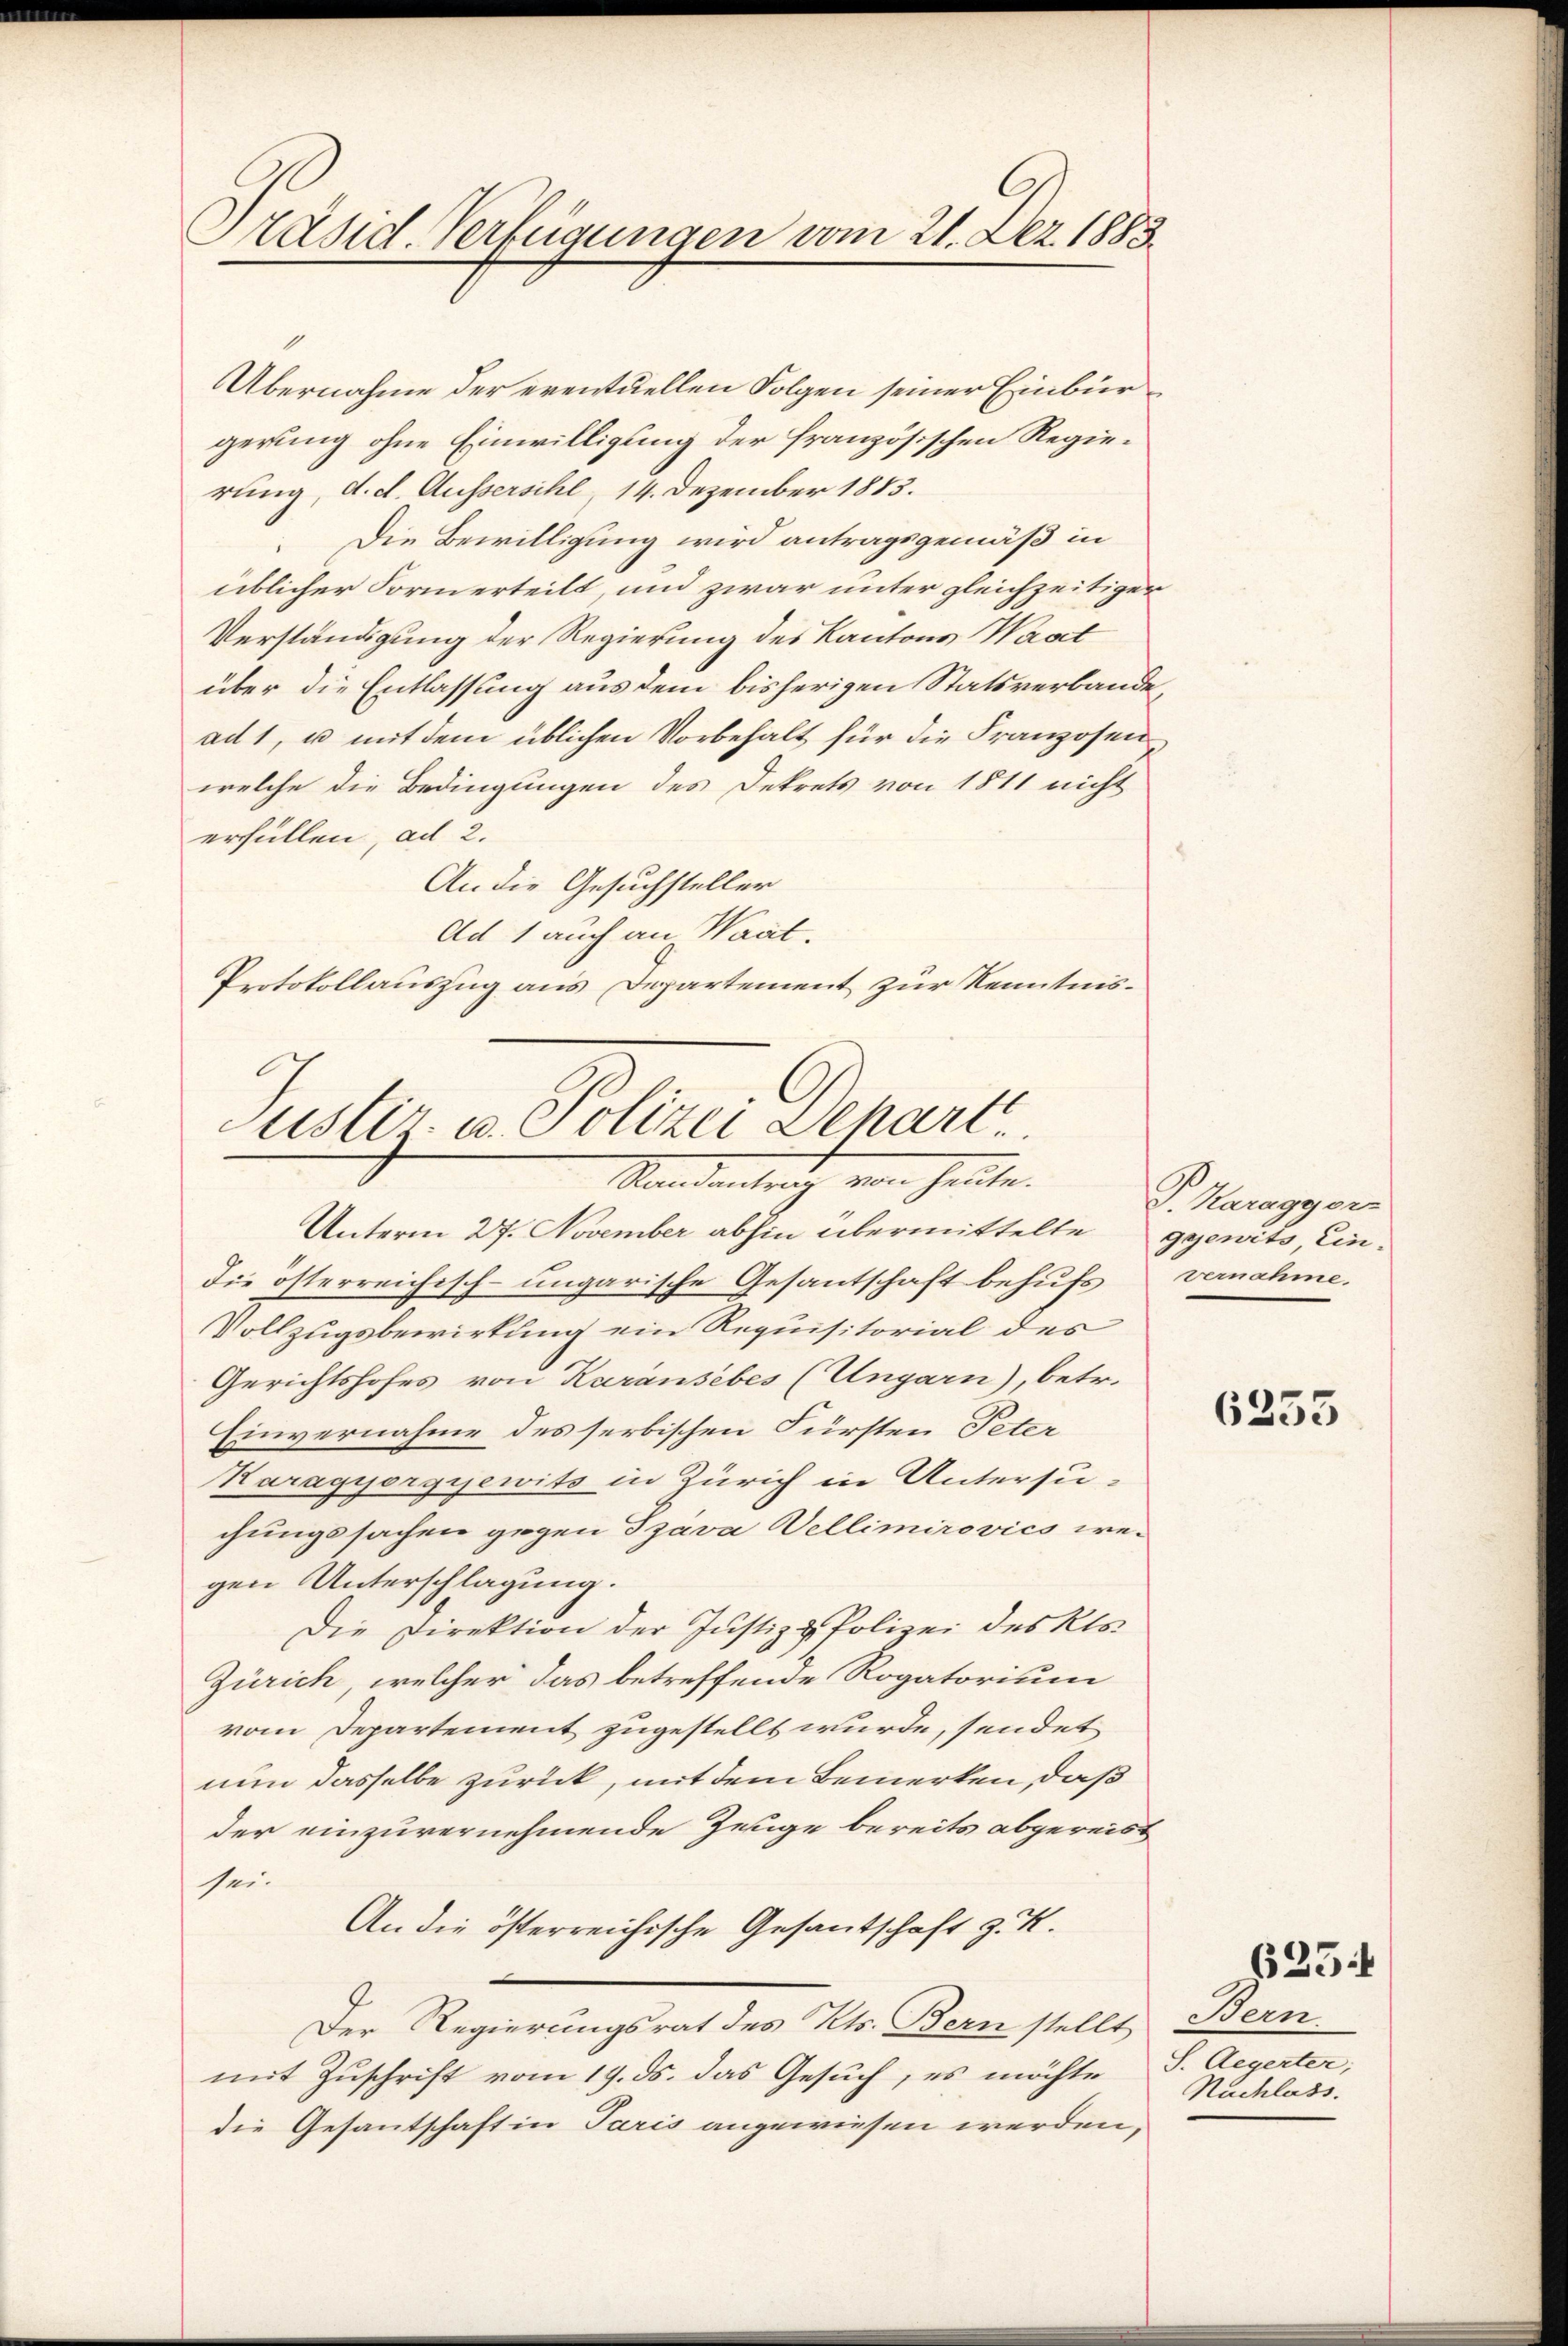
Präsid. Verfügungen vom 21. Dez. 1883.

Übernahme der eventuellen Folgen seiner Einbürgerung ohne Einwilligung der französischen Regierung, d. d. Aussersihl, 14. Dezember 1883.
Die Bewilligung wird antragsgemäß in
üblicher Formerteilt, und zwar unter gleichzeitiger
Verständigung der Regierung des Kantons Waadt
über die Entlassung aus dem bisherigen Statsverbande,
ad 1, u. mit dem üblichen Vorbehalt für die Franzosenwelche die Bedingungen des Dekrets von 1811 nicht
erfüllen, ad 2.
An die Gesuchsteller
Ad 1 auch an Wart.
Protokollauszug aus Departement zur Kenntnis¬

Justiz- u. Polizei Dehart
Standantrach von heute.
Unterm 27. November abhin übermittelte gewits, Ein¬

die österreichisch-ungarische Gesantschaft behufs vernahme.
Vollzugsbewirkung ein Requisitorial des
Gerichtshofes von Karansebes (Ungarn), betr.
Einvernahme des serbischen Fürsten Peter
Karagyorgyewits in Zürich in Untersu-
chungssachen gegen Szava Wellimirovics wegen Unterschlagung.
Die Direktion der Justiz & Polizei des Kts.
Zürich, welcher das betreffende Rogatorium
vom Departement zugestellt wurde, sendet
nun dasselbe zurück, mit dem Bemerken, daß
der einzuvernehmende Zeuge bereits abgereist
sei.
An die österreichische Gesantschaft z. K.
Der Regierungsrat des Kts. Bern stellt Bern.
mit Zuschrift vom 19. ds. das Gesuch, es möchte
die Gesandtschaft in Paris angewiesen werden,

P. Karagg ver

6253

25

S. Aegerter;
Nachlass.